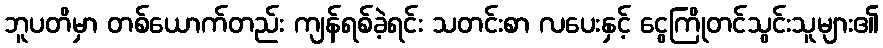
ဘူပတိမှာ တစ်ယောက်တည်း ကျန်ရစ်ခဲ့ရင်း သတင်းစာ လပေးနှင့် ငွေကြိုတင်သွင်းသူများ၏